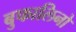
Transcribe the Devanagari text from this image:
बुफालिनो